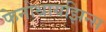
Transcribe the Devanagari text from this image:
फेनोथायझिन्स